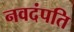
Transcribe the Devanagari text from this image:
नवदंपति